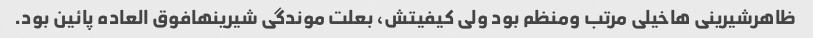
ظاهرشیرینی هاخیلی مرتب ومنظم بود ولی کیفیتش، بعلت موندگی شیرینهافوق العاده پائین بود.